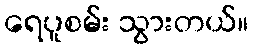
ရေပူစမ်း သွားတယ်။